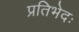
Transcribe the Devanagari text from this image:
प्रतिभेदः